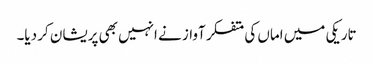
تاریکی میں اماں کی متفکر آواز نے انہیں بھی پریشان کر دیا۔